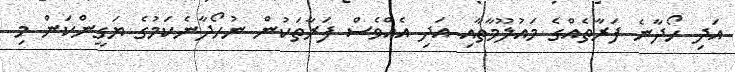
އަދި ހޯދާނެ ފަރާތެއްގެ މައުލޫމާތާއި އަދި އެއްވެސް ފަރާތަކުން ނުހޯދާނެކަމުގެ ޔަގީންކަން މި